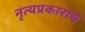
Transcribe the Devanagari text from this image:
नृत्यप्रकारांचे